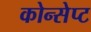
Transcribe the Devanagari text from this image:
कोन्सेप्ट